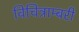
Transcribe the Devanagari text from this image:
विचित्राम्बरी